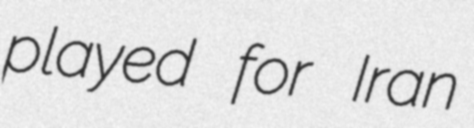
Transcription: played for Iran